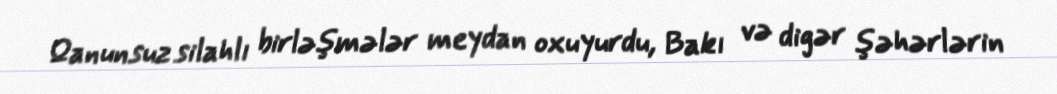
Qanunsuz silahlı birləşmələr meydan oxuyurdu, Bakı və digər şəhərlərin